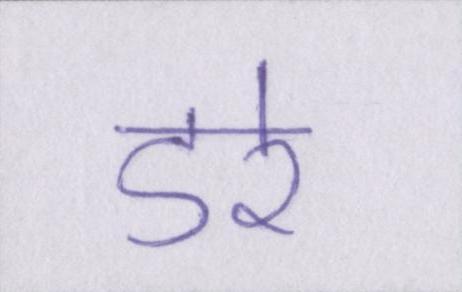
डरे